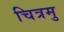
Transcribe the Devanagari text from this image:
चित्रमु